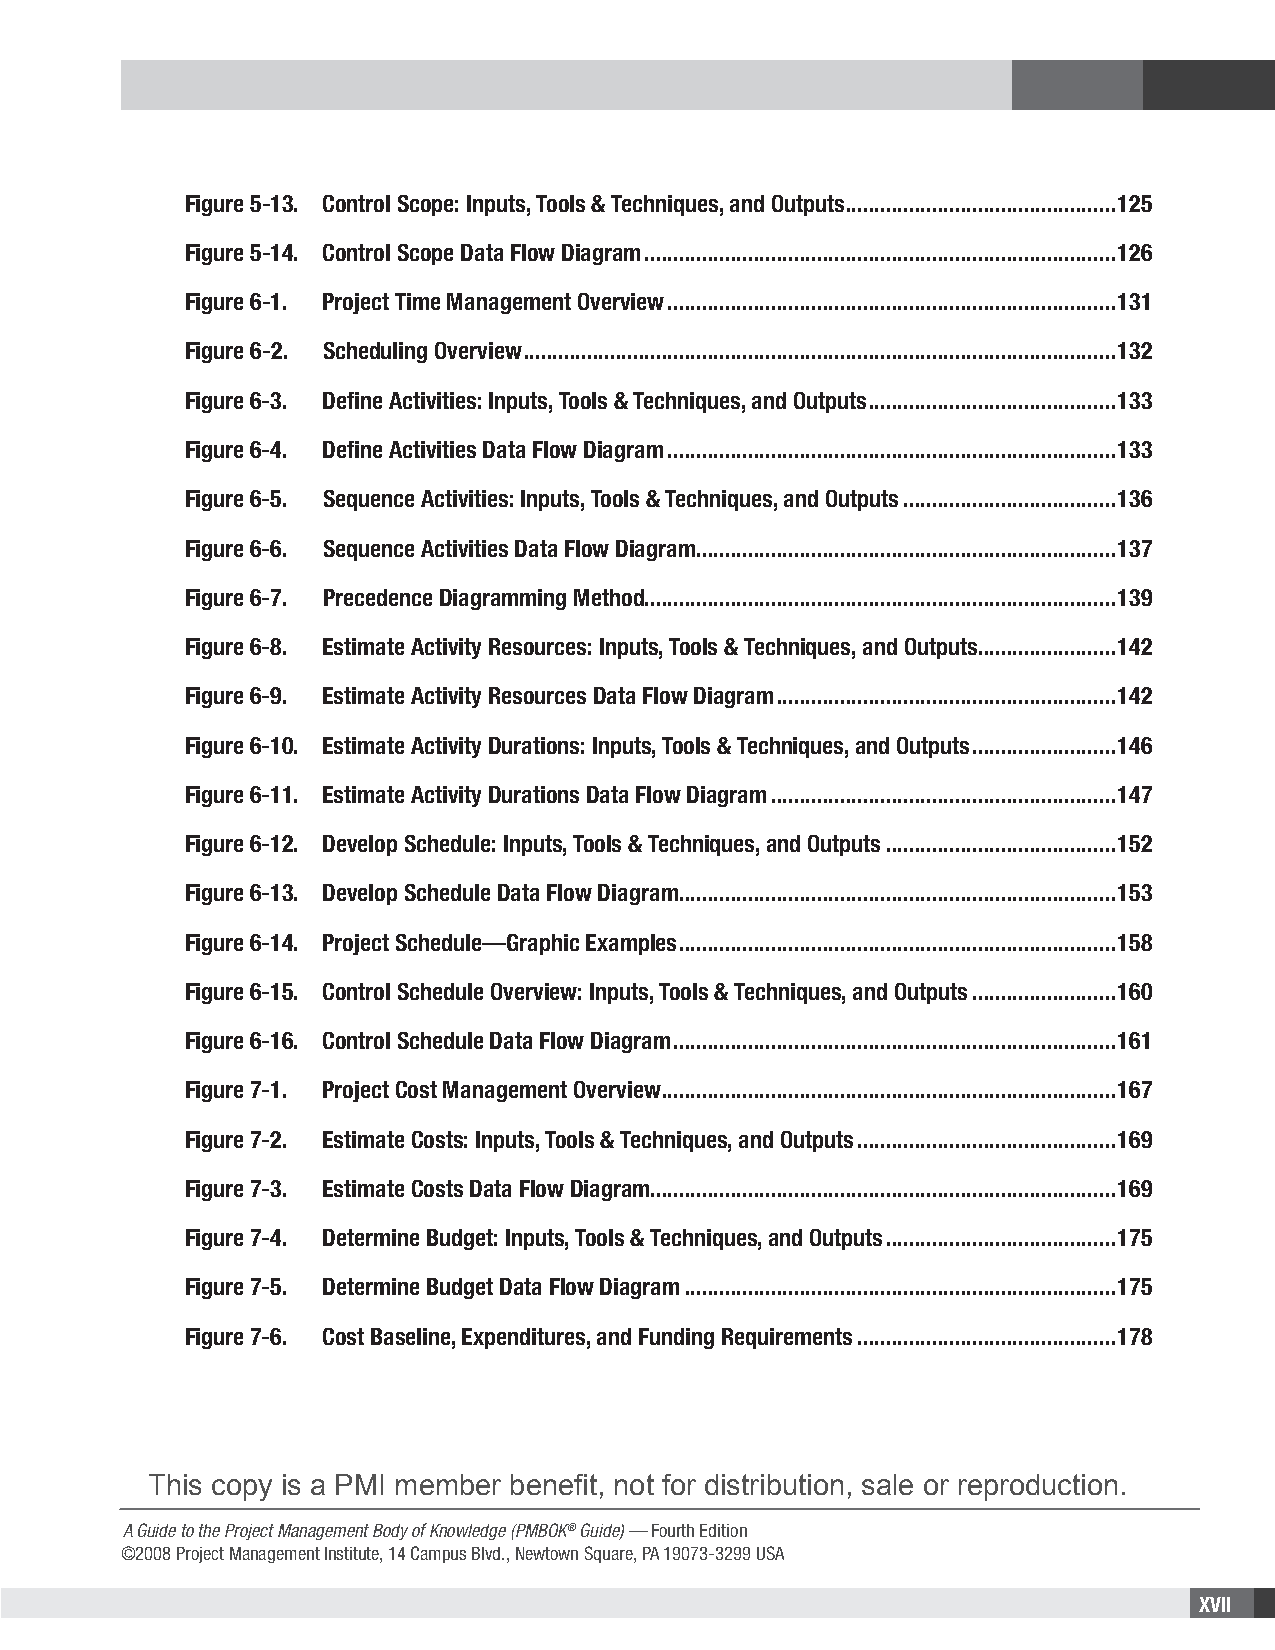
Figure 5-13. Control Scope: Inputs, Tools & Techniques, and Outputs ...............................................125
 Figure 5-14. Control Scope Data Flow Diagram ..................................................................................126
 Figure 6-1. Project Time Management Overview ..............................................................................131
 Figure 6-2. Scheduling Overview .......................................................................................................132
 Figure 6-3. Define Activities: Inputs, Tools & Techniques, and Outputs ...........................................133
 Figure 6-4. Define Activities Data Flow Diagram ..............................................................................133
 Figure 6-5. Sequence Activities: Inputs, Tools & Techniques, and Outputs .....................................136
 Figure 6-6. Sequence Activities Data Flow Diagram .........................................................................137
 Figure 6-7. Precedence Diagramming Method ..................................................................................139
 Figure 6-8. Estimate Activity Resources: Inputs, Tools & Techniques, and Outputs ........................142
 Figure 6-9. Estimate Activity Resources Data Flow Diagram ...........................................................142
 Figure 6-10. Estimate Activity Durations: Inputs, Tools & Techniques, and Outputs .........................146
 Figure 6-11. Estimate Activity Durations Data Flow Diagram ............................................................147
 Figure 6-12. Develop Schedule: Inputs, Tools & Techniques, and Outputs ........................................152
 Figure 6-13. Develop Schedule Data Flow Diagram ............................................................................153
 Figure 6-14. Project Schedule—Graphic Examples ............................................................................158
 Figure 6-15. Control Schedule Overview: Inputs, Tools & Techniques, and Outputs .........................160
 Figure 6-16. Control Schedule Data Flow Diagram .............................................................................161
 Figure 7-1. Project Cost Management Overview ...............................................................................167
 Figure 7-2. Estimate Costs: Inputs, Tools & Techniques, and Outputs .............................................169
 Figure 7-3. Estimate Costs Data Flow Diagram.................................................................................169
 Figure 7-4. Determine Budget: Inputs, Tools & Techniques, and Outputs ........................................175
 Figure 7-5. Determine Budget Data Flow Diagram ...........................................................................175
 Figure 7-6. Cost Baseline, Expenditures, and Funding Requirements .............................................178
 This copy is a PMI member benefit, not for distribution, sale or reproduction.
 A Guide to the Project Management Body of Knowledge (PMBOK® Guide) — Fourth Edition
 ©2008 Project Management Institute, 14 Campus Blvd., Newtown Square, PA 19073-3299 USA
 XVII